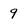
Character: 9